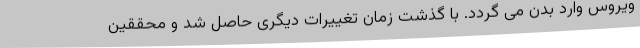
ویروس وارد بدن می گردد. با گذشت زمان تغییرات دیگری حاصل شد و محققین